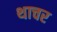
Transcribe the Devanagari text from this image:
थाचर